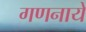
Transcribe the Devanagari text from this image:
गणनाये